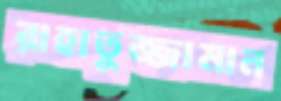
রাহাতুজ্জামান